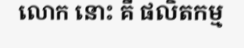
លោក នោះ គឺ ផលិតកម្ម